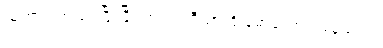
ယုကာဝါက စပ်ဖြီးဖြီးလုပ်၍ ဘီယာကို မော့သောက်နေသည်။